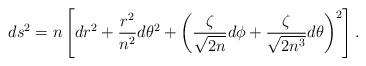
LaTeX: \begin{align*}ds^2 = n\left[dr^2+\frac{r^2}{n^2}d\theta^2 +\left(\frac\zeta{\sqrt{2n}}d\phi+\frac\zeta{\sqrt{2n^3}}d\theta\right)^2\right].\end{align*}